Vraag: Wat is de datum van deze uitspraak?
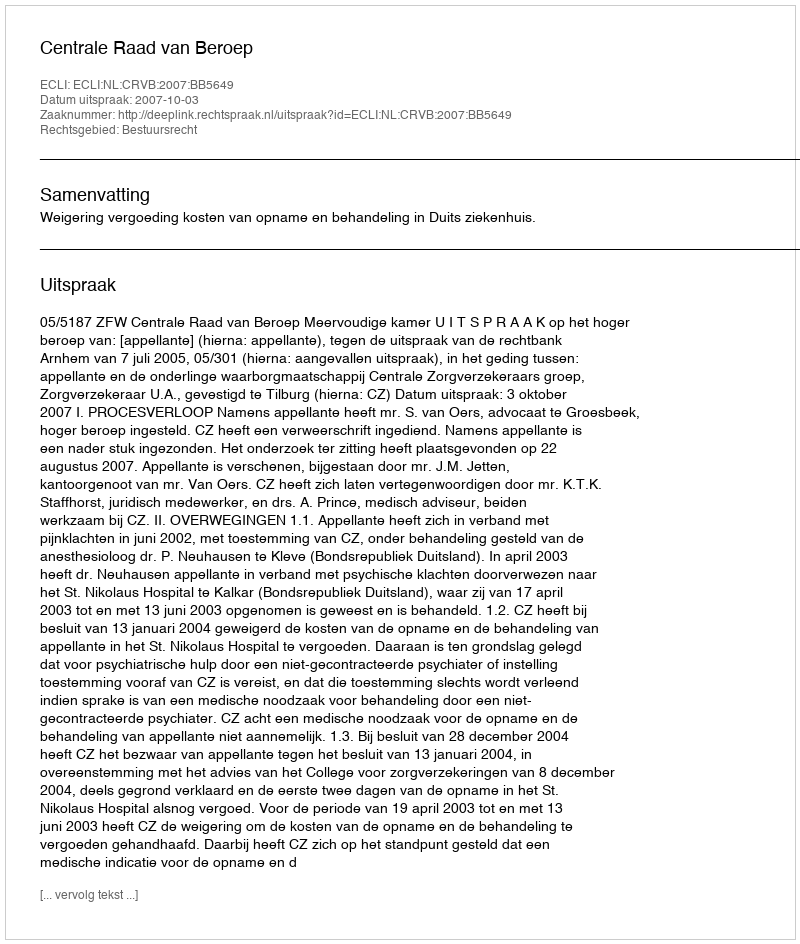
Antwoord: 2007-10-03